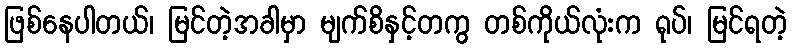
ဖြစ်နေပါတယ်၊ မြင်တဲ့အခါမှာ မျက်စိနှင့်တကွ တစ်ကိုယ်လုံးက ရုပ်၊ မြင်ရတဲ့